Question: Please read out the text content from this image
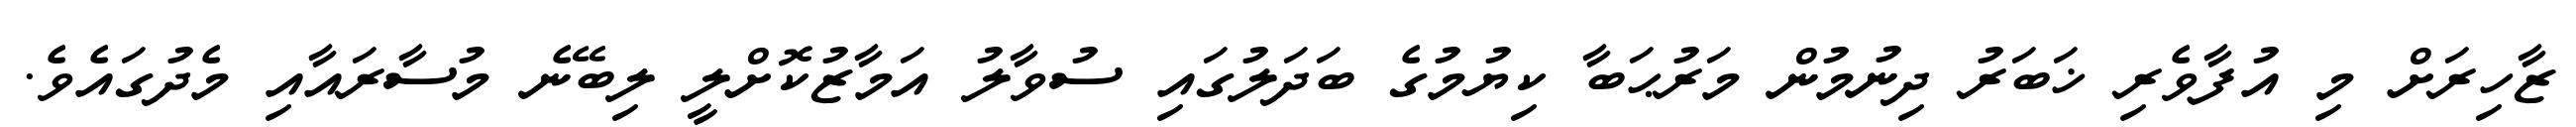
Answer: ޒާހިރަށް މި އުފާވެރި ޚަބަރު ދިނުމުން މަރުޙަބާ ކިޔުމުގެ ބަދަލުގައި ސުވާލު އަމާޒުކޮށްލީ ލިބޭނެ މުސާރައާއި މެދުގައެވެ.